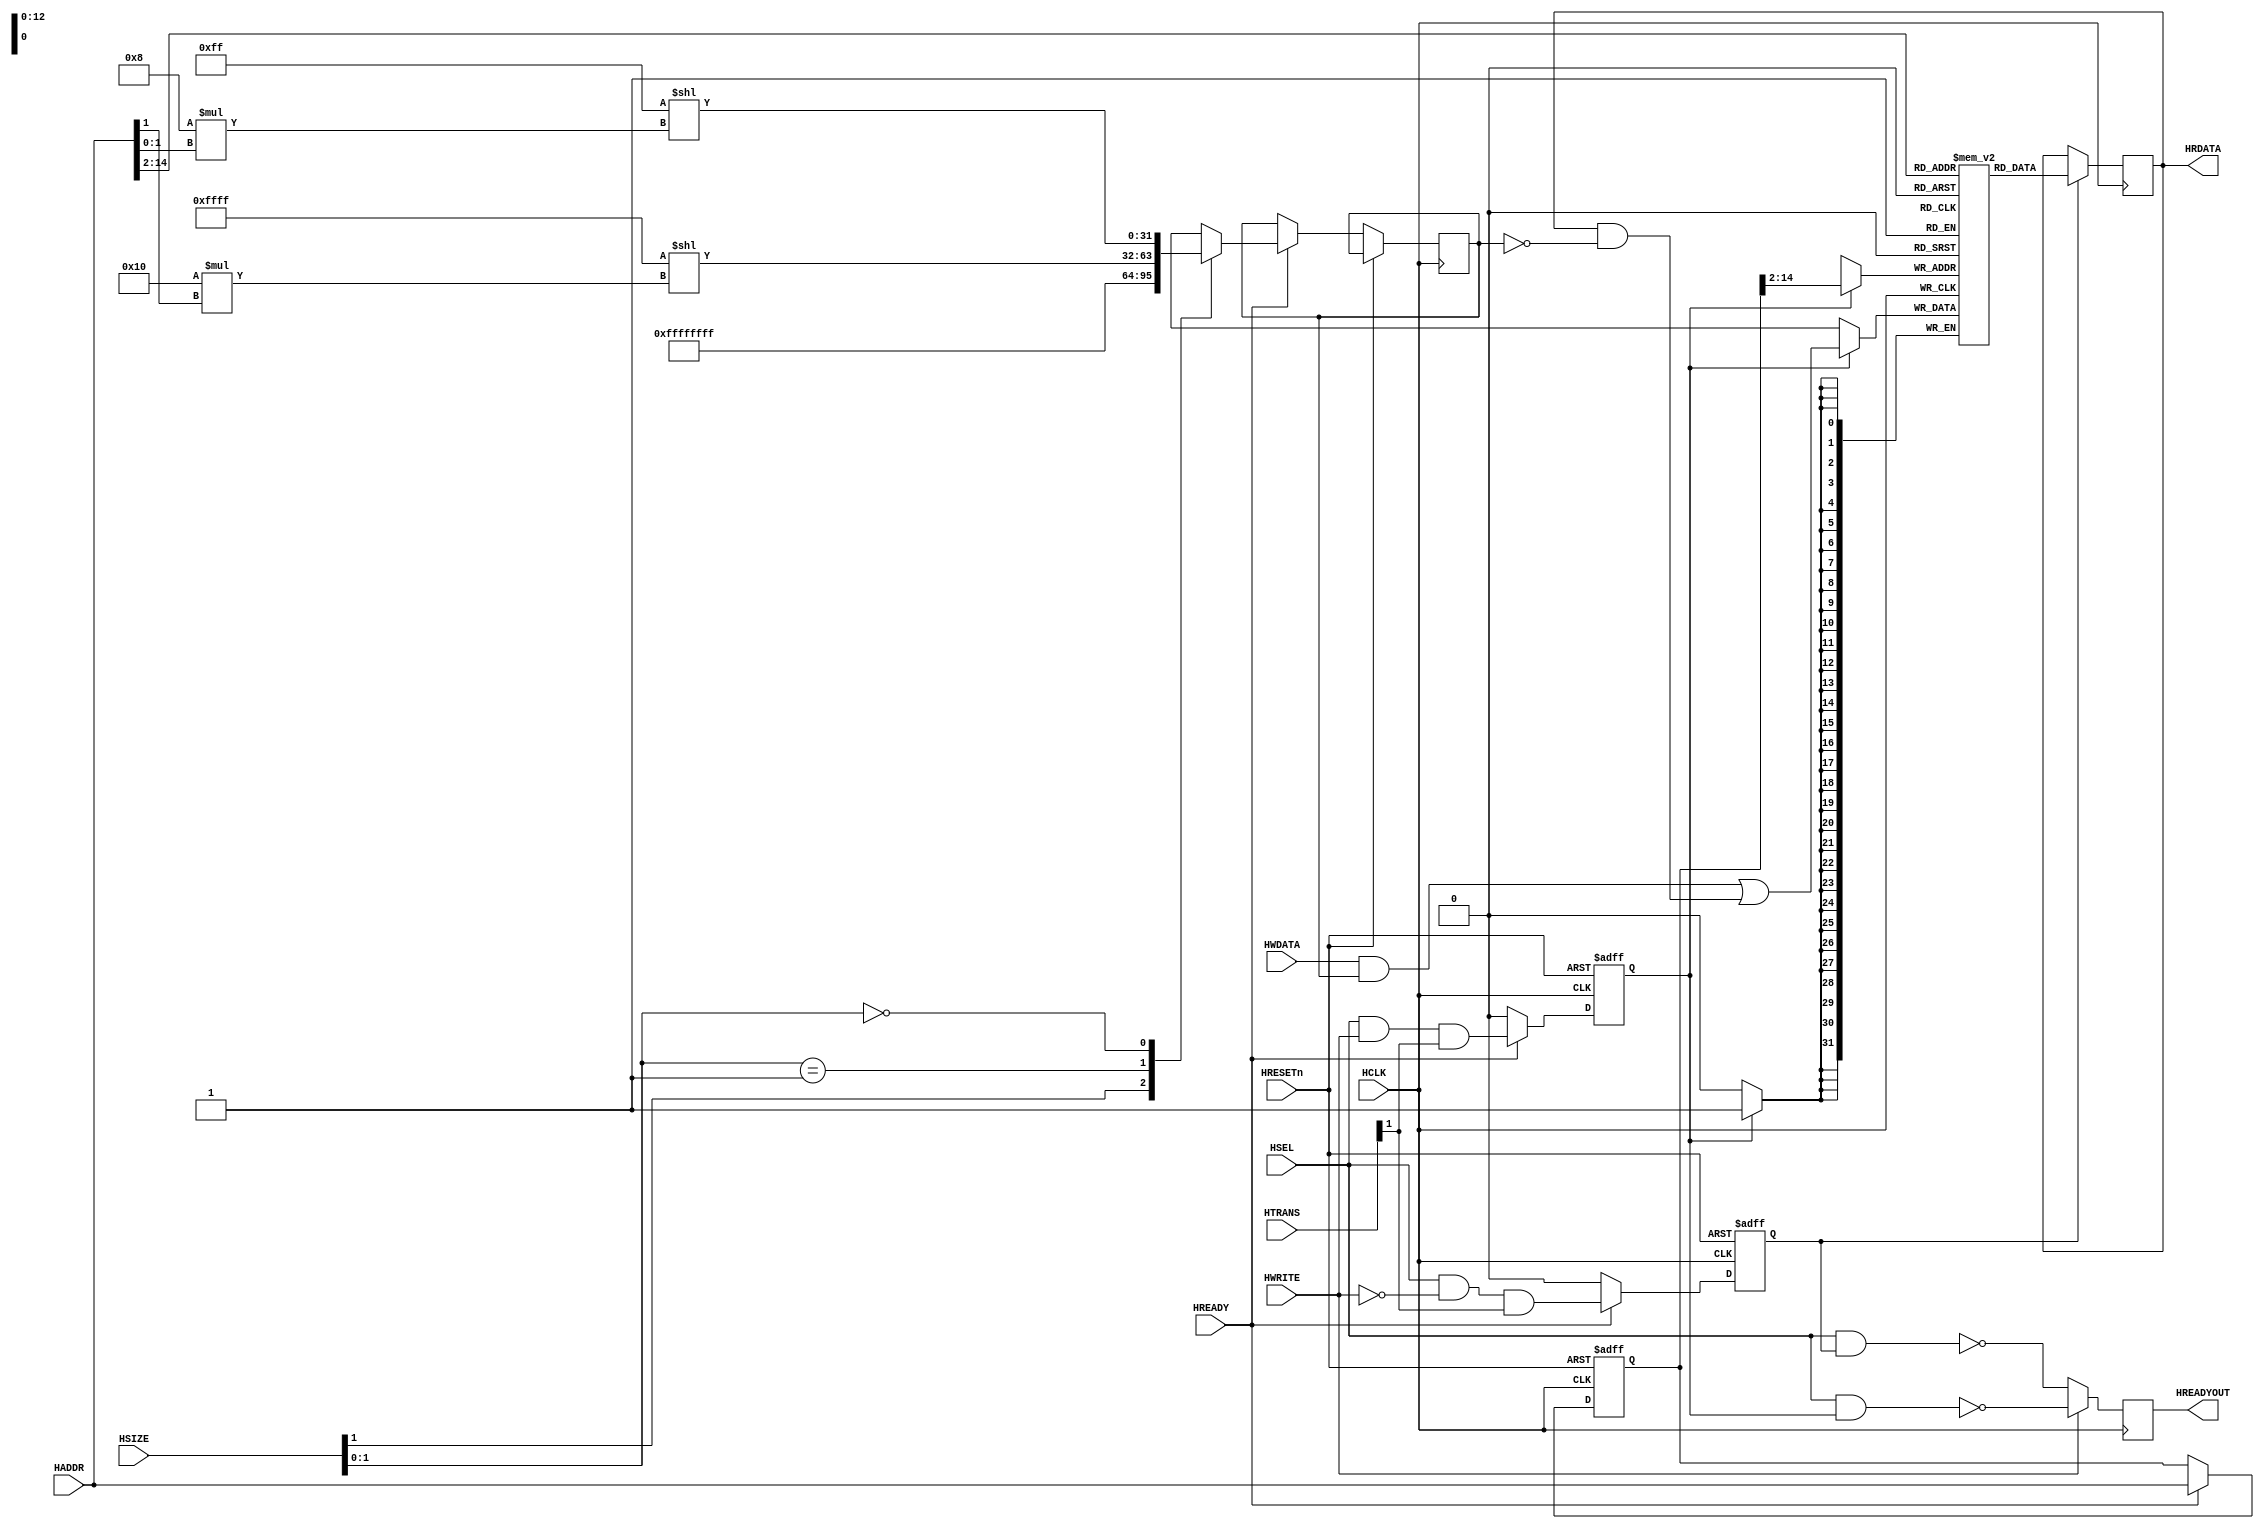
module AHB2RAM
   #(parameter MEMWIDTH = 15)               // Size = 32KB (1kb = 8192bit)
   (
   input wire           HSEL,				//slave片选信号
   input wire           HCLK,				//时钟
   input wire           HRESETn,			//复位
   input wire           HREADY,				//选通信号
   input wire    [31:0] HADDR,				//地址总线
   input wire     [1:0] HTRANS,				//当前传输类型：IDLE(00),BUSY(01),NONSEQ(10),SEQ(11)
   input wire           HWRITE,				//读写标志：1写；0读
   input wire     [2:0] HSIZE,				//当前传输大小：000(8bit),001(16bit),010(32bit),011(64bit)...
   input wire    [31:0] HWDATA,				//写数据总线
   output reg          HREADYOUT,			//传输结束标志
   output reg    [31:0] HRDATA				//读数据总线
   );

//   assign HREADYOUT = 1'b1; // Always ready
//	 assign HREADYOUT = ~(HSEL & HREADY);			//片选与地址选通使能时就绪

   // Memory Array
   reg  [31:0] memory[0:(2**(MEMWIDTH-2)-1)];

   // Registers to store Adress Phase Signals
   reg  [31:0] hwdata_mask;
   reg         we_write;
   reg		   we_read;
   reg  [31:0] buf_hwaddr;

   // Sample the Address Phase   
   always @(posedge HCLK or posedge HRESETn)
   begin
      if(HRESETn == 1)
      begin
         we_write <= 1'b0;
		 we_read  <= 1'b0;
         buf_hwaddr <= 32'h0;
      end
      else
         if(HREADY)
			 begin
				we_write <= HSEL & HWRITE & HTRANS[1];
				we_read  <= HSEL & (~HWRITE) & HTRANS[1];
				buf_hwaddr <= HADDR;
	   
				casez (HSIZE[1:0])
				   2'b1?: hwdata_mask <=  32'hFFFFFFFF;                        // Word write
				   2'b01: hwdata_mask <= (32'h0000FFFF << (16 * HADDR[1]));    // Halfword write
				   2'b00: hwdata_mask <= (32'h000000FF << (8 * HADDR[1:0]));   // Byte write
				endcase
			 end
		 else
			begin
				we_write <= 1'b0;
				we_read <= 1'b0;
			end
   end
   
   // Read and Write Memory
   always @ (posedge HCLK)
   begin
      if(we_write)
		begin
			 memory[buf_hwaddr[MEMWIDTH:2]] <= (HWDATA & hwdata_mask) | (HRDATA & ~hwdata_mask);		 
		end
   end
   
   always @ (posedge HCLK)
   begin
      if(we_read)
		begin
			 HRDATA = memory[HADDR[MEMWIDTH:2]];
			 
		end
   end
   
   
  always @(posedge HCLK)
	begin
		if(HWRITE == 1'b0)
			begin
				HREADYOUT <= ~(HSEL & we_read);
			end
		else
			begin
				HREADYOUT <= ~(HSEL & we_write);
			end
	end

endmodule